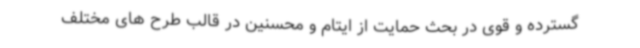
‌گسترده و قوی در بحث حمایت از ایتام و محسنین در قالب طرح های مختلف